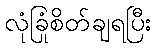
လုံခြုံစိတ်ချရပြီး